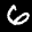
Label: 6